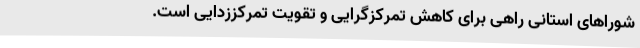
شوراهای استانی راهی برای کاهش تمرکزگرایی و تقویت تمرکززدایی است.